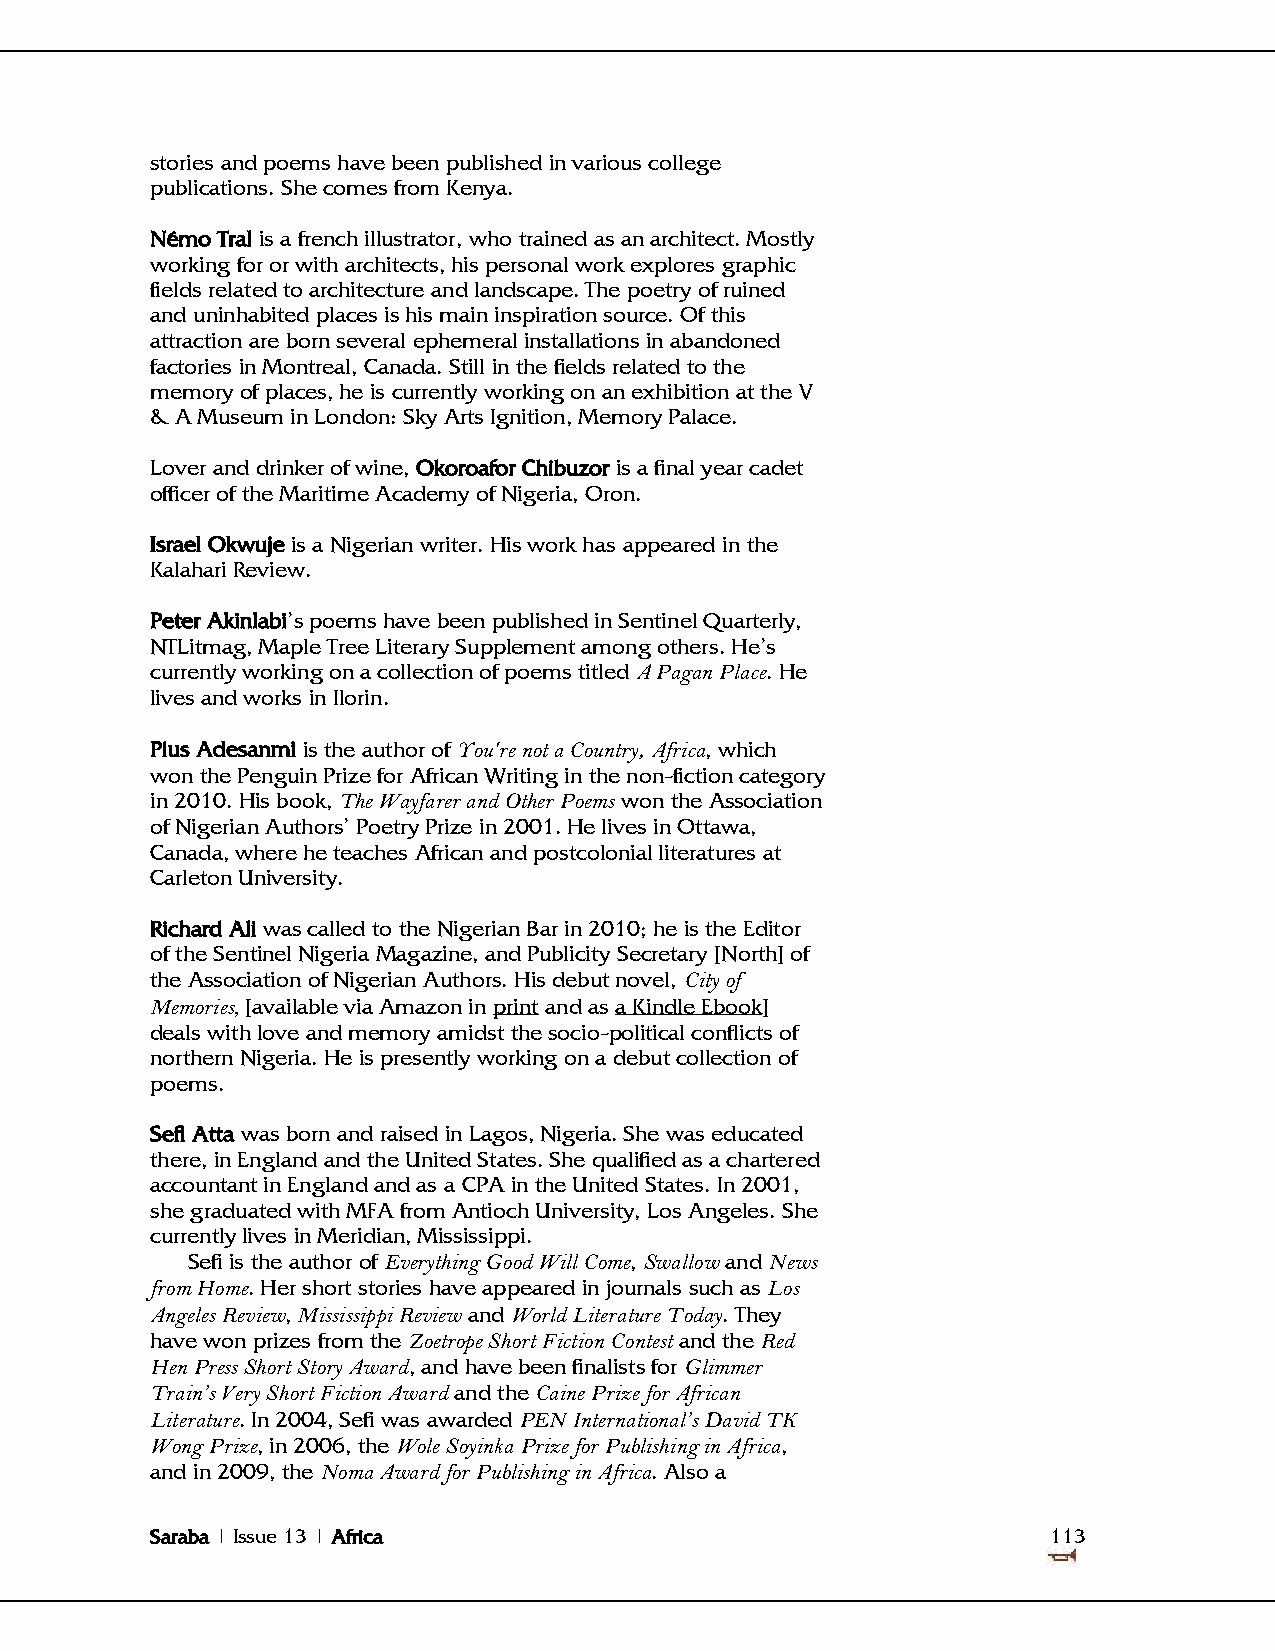
stories and poems have been published in various college
 publications. She comes from Kenya.
 Némo Tral is a french illustrator, who trained as an architect. Mostly
 working for or with architects, his personal work explores graphic
 fields related to architecture and landscape. The poetry of ruined
 and uninhabited places is his main inspiration source. Of this
 attraction are born several ephemeral installations in abandoned
 factories in Montreal, Canada. Still in the fields related to the
 memory of places, he is currently working on an exhibition at the V
 & A Museum in London: Sky Arts Ignition, Memory Palace.
 Lover and drinker of wine, Okoroafor Chibuzor is a final year cadet
 officer of the Maritime Academy of Nigeria, Oron.
 Israel Okwuje is a Nigerian writer. His work has appeared in the
 Kalahari Review.
 Peter Akinlabi's poems have been published in Sentinel Quarterly,
 NTLitmag, Maple Tree Literary Supplement among others. He's
 currently working on a collection of poems titled A Pagan Place. He
 lives and works in Ilorin.
 Pius Adesanmi is the author of You're not a Country, Africa, which
 won the Penguin Prize for African Writing in the non-fiction category
 in 2010. His book, The Wayfarer and Other Poems won the Association
 of Nigerian Authors' Poetry Prize in 2001. He lives in Ottawa,
 Canada, where he teaches African and postcolonial literatures at
 Carleton University.
 Richard Ali was called to the Nigerian Bar in 2010; he is the Editor
 of the Sentinel Nigeria Magazine, and Publicity Secretary [North] of
 the Association of Nigerian Authors. His debut novel, City of
 Memories, [available via Amazon in print and as a Kindle Ebook]
 deals with love and memory amidst the socio-political conflicts of
 northern Nigeria. He is presently working on a debut collection of
 poems.
 Sefi Atta was born and raised in Lagos, Nigeria. She was educated
 there, in England and the United States. She qualified as a chartered
 accountant in England and as a CPA in the United States. In 2001,
 she graduated with MFA from Antioch University, Los Angeles. She
 currently lives in Meridian, Mississippi.
 Sefi is the author of Everything Good Will Come, Swallow and News
 from Home. Her short stories have appeared in journals such as Los
 Angeles Review, Mississippi Review and World Literature Today. They
 have won prizes from the Zoetrope Short Fiction Contest and the Red
 Hen Press Short Story Award, and have been finalists for Glimmer
 Train’s Very Short Fiction Award and the Caine Prize for African
 Literature. In 2004, Sefi was awarded PEN International’s David TK
 Wong Prize, in 2006, the Wole Soyinka Prize for Publishing in Africa,
 and in 2009, the Noma Award for Publishing in Africa. Also a
 Saraba | Issue 13 | Africa                                  113